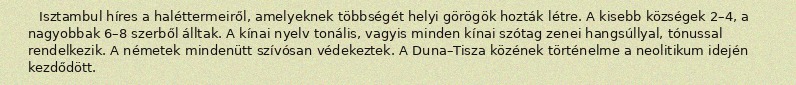
Isztambul híres a haléttermeiről, amelyeknek többségét helyi görögök hozták létre. A kisebb községek 2–4, a nagyobbak 6–8 szerből álltak. A kínai nyelv tonális, vagyis minden kínai szótag zenei hangsúllyal, tónussal rendelkezik. A németek mindenütt szívósan védekeztek. A Duna–Tisza közének történelme a neolitikum idején kezdődött.